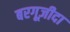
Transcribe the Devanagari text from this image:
बरगूज़ीदा